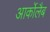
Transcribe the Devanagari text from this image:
आर्कोलैब